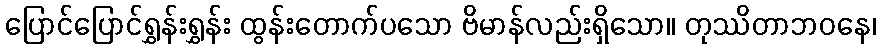
ပြောင်ပြောင်ရွှန်းရွှန်း ထွန်းတောက်ပသော ဗိမာန်လည်းရှိသော။ တုဿိတာဘဝနေ၊